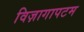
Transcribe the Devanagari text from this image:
विज़ागापटम